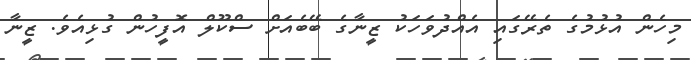
މިހެން އުޅުމުގެ ތެރޭގައި އެއްދުވަހަކު ޒީނާގެ ބޭބެއަށް ސްކޫލް އޮފީހުން ގުޅިއެވެ. ޒީނާ